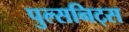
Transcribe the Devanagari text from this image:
पुल्सनिट्स